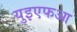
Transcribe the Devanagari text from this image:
युइएफआ